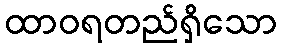
ထာဝရတည်ရှိသော